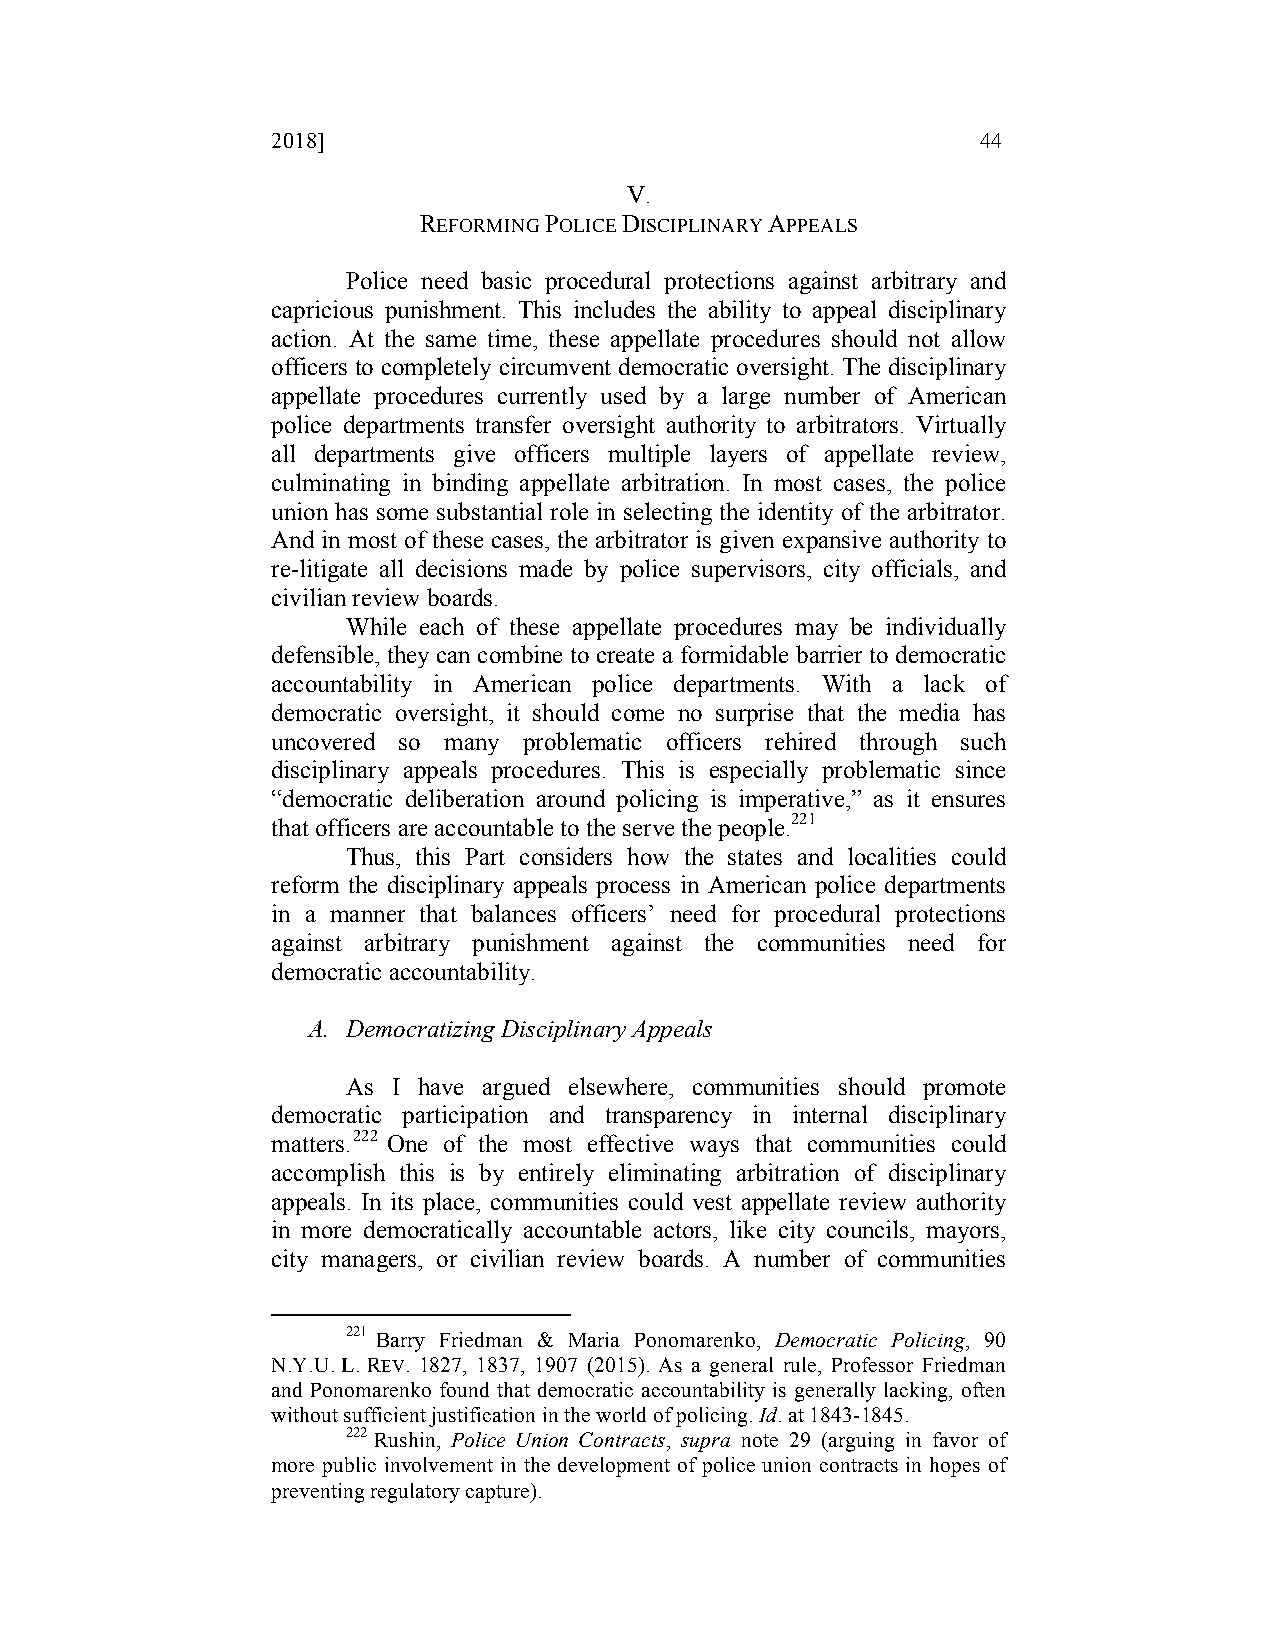
2018]                                          44
 V.
 REFORMING POLICE DISCIPLINARY APPEALS
 Police need basic procedural protections against arbitrary and
 capricious punishment. This includes the ability to appeal disciplinary
 action. At the same time, these appellate procedures should not allow
 officers to completely circumvent democratic oversight. The disciplinary
 appellate procedures currently used by a large number of American
 police departments transfer oversight authority to arbitrators. Virtually
 all departments give officers multiple layers of appellate review,
 culminating in binding appellate arbitration. In most cases, the police
 union has some substantial role in selecting the identity of the arbitrator.
 And in most of these cases, the arbitrator is given expansive authority to
 re-litigate all decisions made by police supervisors, city officials, and
 civilian review boards.
 While each of these appellate procedures may be individually
 defensible, they can combine to create a formidable barrier to democratic
 accountability in American police departments. With a lack of
 democratic oversight, it should come no surprise that the media has
 uncovered so many problematic officers rehired through such
 disciplinary appeals procedures. This is especially problematic since
 “democratic deliberation around policing is imperative,” as it ensures
 that officers are accountable to the serve the people.221
 Thus, this Part considers how the states and localities could
 reform the disciplinary appeals process in American police departments
 in a manner that balances officers’ need for procedural protections
 against arbitrary punishment against the communities need for
 democratic accountability.
 A. Democratizing Disciplinary Appeals
 As I have argued elsewhere, communities should promote
 democratic participation and transparency in internal disciplinary
 matters.222 One of the most effective ways that communities could
 accomplish this is by entirely eliminating arbitration of disciplinary
 appeals. In its place, communities could vest appellate review authority
 in more democratically accountable actors, like city councils, mayors,
 city managers, or civilian review boards. A number of communities
 221 Barry Friedman & Maria Ponomarenko, Democratic Policing, 90
 N.Y.U. L. REV. 1827, 1837, 1907 (2015). As a general rule, Professor Friedman
 and Ponomarenko found that democratic accountability is generally lacking, often
 without sufficient justification in the world of policing. Id. at 1843-1845.
 222 Rushin, Police Union Contracts, supra note 29 (arguing in favor of
 more public involvement in the development of police union contracts in hopes of
 preventing regulatory capture).